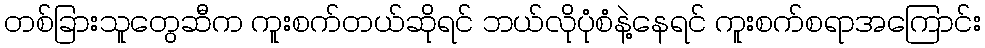
တစ်ခြားသူတွေဆီက ကူးစက်တယ်ဆိုရင် ဘယ်လိုပုံစံနဲ့နေရင် ကူးစက်စရာအကြောင်း